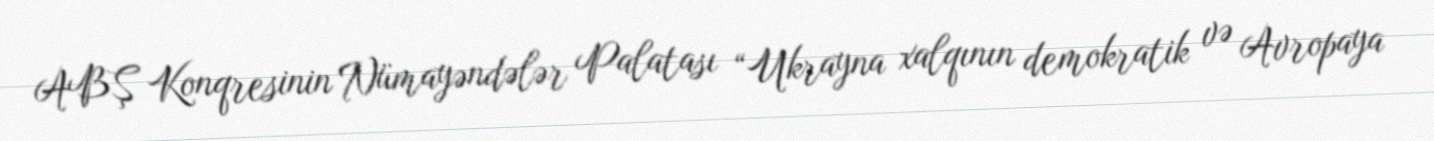
ABŞ Konqresinin Nümayəndələr Palatası “Ukrayna xalqının demokratik və Avropaya